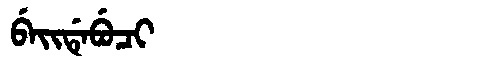
Manchu: ᠪᡝᡳᡩᡝᠪᡠᠴᡳ
Romanization: BEIDEBUCI